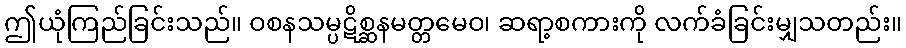
ဤယုံကြည်ခြင်းသည်။ ဝစနသမ္ပဋိစ္ဆနမတ္တမေဝ၊ ဆရာ့စကားကို လက်ခံခြင်းမျှသတည်း။